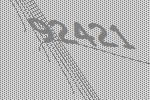
92421